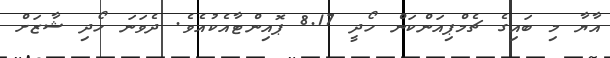
އާޔާ މި ބައިގެ ޗެމްޕިއަންކަން ހޯދީ 8.17 ޕޮއިންޓާއެކުއެވެ. ދެވަނަ ހޯދި ޝާޒަށް